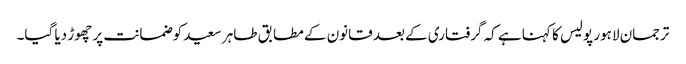
ترجمان لاہور پولیس کا کہنا ہے کہ گرفتاری کے بعد قانون کے مطابق طاہر سعید کوضمانت پر چھوڑ دیا گیا۔